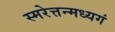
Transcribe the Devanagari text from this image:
स्मरेत्तन्मध्यगं